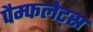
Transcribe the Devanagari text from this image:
पैम्फलेट्स